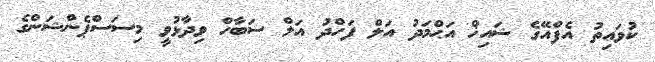
ކުވައިތު އެފްއޭގެ ޝައިޚް އަޙްމަދު އަލް ފަހްދު އަލް ސަބާހް ވިދާޅުވީ މިސަސްޕެންޝަންގެ